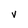
Character: v